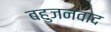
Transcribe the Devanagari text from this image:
बहुजनवाद